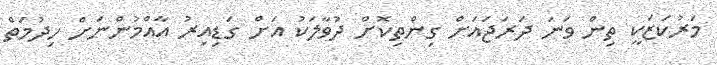
މަރުކަޒަކީ ތިން ވަނަ ދަރަޖައަށް ގިންތިކޮށް ދުވާލަކު އަށް ގަޑިއިރު އާއްމުންނަށް ހިދުމަތް